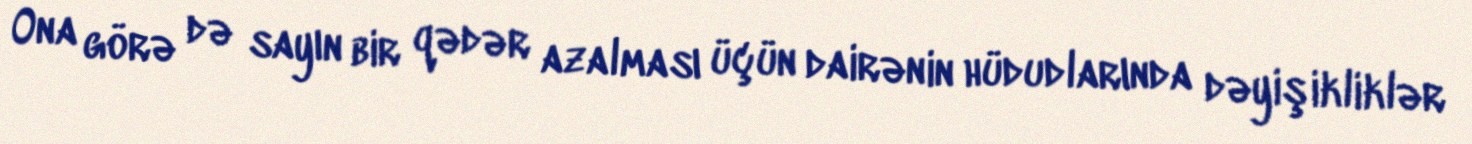
Ona görə də sayın bir qədər azalması üçün dairənin hüdudlarında dəyişikliklər